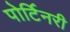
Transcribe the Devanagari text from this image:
पोर्टिनरी